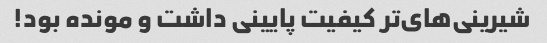
شیرینی‌های‌تر کیفیت پایینی داشت و مونده بود!